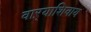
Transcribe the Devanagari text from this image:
वाऱ्याशिवाय